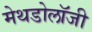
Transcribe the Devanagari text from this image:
मेथडोलॉजी